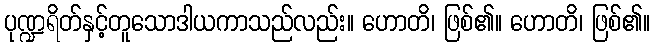
ပုဏ္ဍရိတ်နှင့်တူသောဒါယကာသည်လည်း။ ဟောတိ၊ ဖြစ်၏။ ဟောတိ၊ ဖြစ်၏။